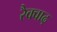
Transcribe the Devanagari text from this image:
रैक्वाढ़